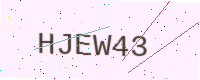
Text: HJEW43